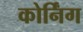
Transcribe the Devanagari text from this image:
कोर्निंग